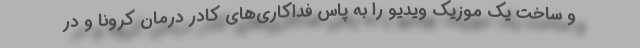
و ساخت یک موزیک ویدیو را به پاس فداکاری‌های کادر درمان کرونا و در